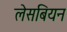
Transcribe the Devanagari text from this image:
लेसबियन